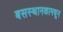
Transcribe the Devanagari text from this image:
बसस्थानकामधून